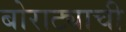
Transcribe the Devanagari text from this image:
बोराट्याची